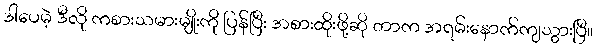
ဒါပေမဲ့ ဒီလို ကစားသမားမျိုးကို ပြန်ပြီး အစားထိုးဖို့ဆို တာက အရမ်းနောက်ကျသွားပြီ။